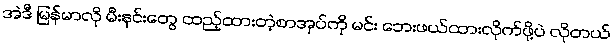
အဲဒီ မြန်မာလို မီးနင်းတွေ ထည့်ထားတဲ့စာအုပ်ကို မင်း ဘေးဖယ်ထားလိုက်ဖို့ပဲ လိုတယ်